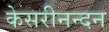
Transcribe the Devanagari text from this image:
केसरीनन्दन